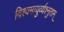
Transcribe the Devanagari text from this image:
विश्वमायुर्व्यश्नुताम्‌